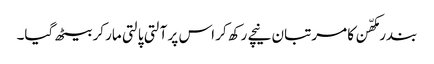
بندر مکھّن کا مرتبان نیچے رکھ کر اس پر آلتی پالتی مار کر بیٹھ گیا۔